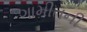
ગામીતની